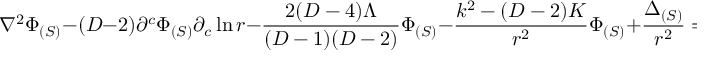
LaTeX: \nabla ^ { 2 } \Phi _ { ( S ) } - ( D - 2 ) \partial ^ { c } \Phi _ { ( S ) } \partial _ { c } \ln r - \frac { 2 ( D - 4 ) \Lambda } { ( D - 1 ) ( D - 2 ) } \Phi _ { ( S ) } - \frac { k ^ { 2 } - ( D - 2 ) K } { r ^ { 2 } } \Phi _ { ( S ) } + \frac { \Delta _ { ( S ) } } { r ^ { 2 } } = 0 .